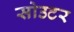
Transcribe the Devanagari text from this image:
सोउटर